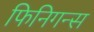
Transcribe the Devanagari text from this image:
फिनिगन्स